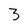
Character: 3